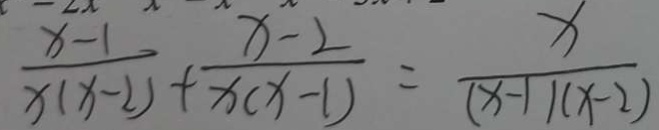
\frac { x - 1 } { x ( x - 2 ) } + \frac { x - 2 } { x ( x - 1 ) } = \frac { x } { ( x - 1 ) ( x - 2 ) }